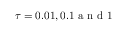
\tau = 0 . 0 1 , 0 . 1 \mathrm { ~ a ~ n ~ d ~ } 1